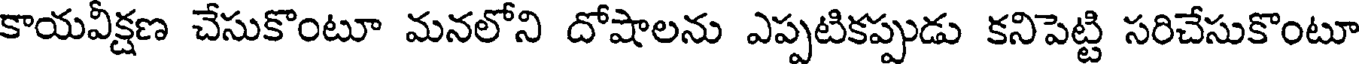
కాయవీక్షణ చేసుకొంటూ మనలోని దోషాలను ఎప్పటికప్పుడు కనిపెట్టి సరిచేసుకొంటూ